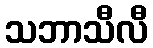
သဘာသီလီ